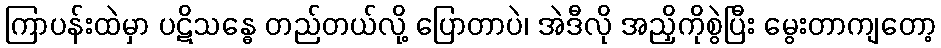
ကြာပန်းထဲမှာ ပဋိသန္ဓေ တည်တယ်လို့ ပြောတာပဲ၊ အဲဒီလို အညှိကိုစွဲပြီး မွေးတာကျတော့